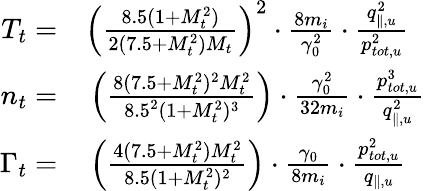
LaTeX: \begin{array}{rl}{T_{t}=}&{{}\left(\frac{8.5(1+M_{t}^{2})}{2(7.5+M_{t}^{2})M_{t}}\right)^{2}\cdot\frac{8m_{i}}{\gamma_{0}^{2}}\cdot\frac{q_{\parallel,u}^{2}}{p_{tot,u}^{2}}}\\ {n_{t}=}&{{}\left(\frac{8(7.5+M_{t}^{2})^{2}M_{t}^{2}}{8.5^{2}(1+M_{t}^{2})^{3}}\right)\cdot\frac{\gamma_{0}^{2}}{32m_{i}}\cdot\frac{p_{tot,u}^{3}}{q_{\parallel,u}^{2}}}\\ {\Gamma_{t}=}&{{}\left(\frac{4(7.5+M_{t}^{2})M_{t}^{2}}{8.5(1+M_{t}^{2})^{2}}\right)\cdot\frac{\gamma_{0}}{8m_{i}}\cdot\frac{p_{tot,u}^{2}}{q_{\parallel,u}}}\end{array}